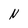
Character: N